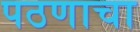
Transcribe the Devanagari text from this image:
पठणाचा